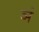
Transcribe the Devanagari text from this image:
ञं